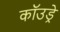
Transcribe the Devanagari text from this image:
कॉउड्रे